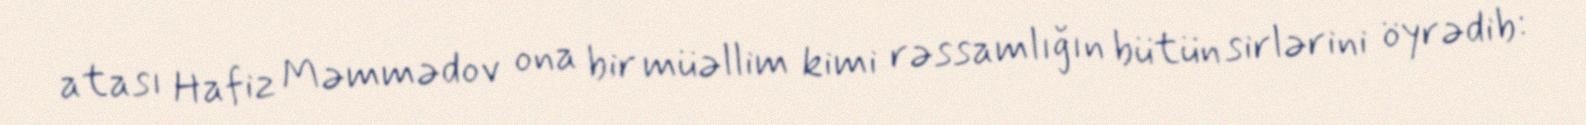
atası Hafiz Məmmədov ona bir müəllim kimi rəssamlığın bütün sirlərini öyrədib: